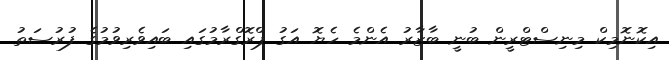
އިކޮނޮމިކް މިނިސްޓްރީން ބުނީ ބާޒާރު އެންމެ ހެޔޮ އަގު ޕްރޮގްރާމުގައި ބައިވެރިވުމުގެ ފުރުސަތު